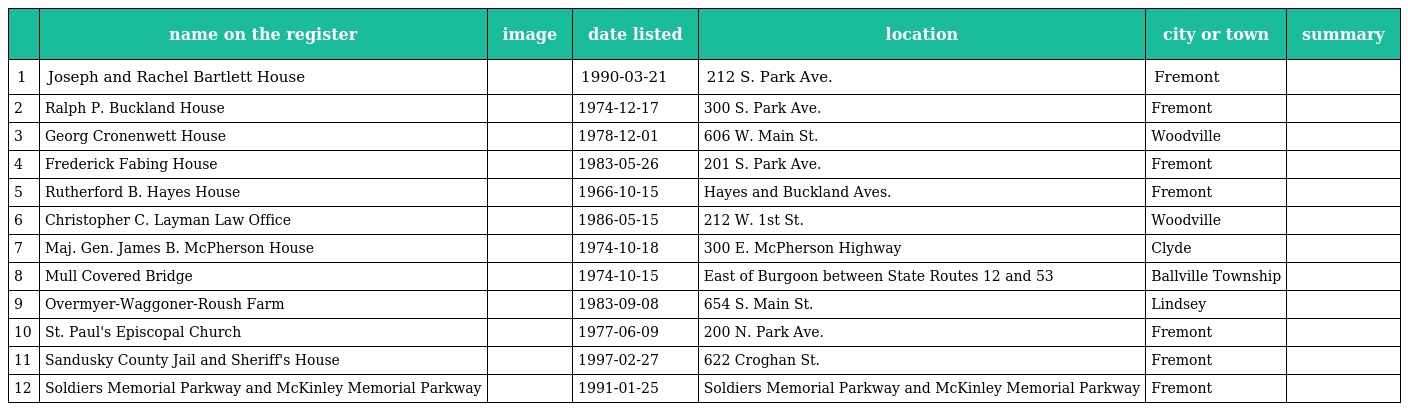
|  | name on the register | image | date listed | location | city or town | summary |
 | --- | --- | --- | --- | --- | --- | --- |
 | 1 | Joseph and Rachel Bartlett House |  | 1990-03-21 | 212 S. Park Ave. | Fremont |  |
 | 2 | Ralph P. Buckland House |  | 1974-12-17 | 300 S. Park Ave. | Fremont |  |
 | 3 | Georg Cronenwett House |  | 1978-12-01 | 606 W. Main St. | Woodville |  |
 | 4 | Frederick Fabing House |  | 1983-05-26 | 201 S. Park Ave. | Fremont |  |
 | 5 | Rutherford B. Hayes House |  | 1966-10-15 | Hayes and Buckland Aves. | Fremont |  |
 | 6 | Christopher C. Layman Law Office |  | 1986-05-15 | 212 W. 1st St. | Woodville |  |
 | 7 | Maj. Gen. James B. McPherson House |  | 1974-10-18 | 300 E. McPherson Highway | Clyde |  |
 | 8 | Mull Covered Bridge |  | 1974-10-15 | East of Burgoon between State Routes 12 and 53 | Ballville Township |  |
 | 9 | Overmyer-Waggoner-Roush Farm |  | 1983-09-08 | 654 S. Main St. | Lindsey |  |
 | 10 | St. Paul's Episcopal Church |  | 1977-06-09 | 200 N. Park Ave. | Fremont |  |
 | 11 | Sandusky County Jail and Sheriff's House |  | 1997-02-27 | 622 Croghan St. | Fremont |  |
 | 12 | Soldiers Memorial Parkway and McKinley Memorial Parkway |  | 1991-01-25 | Soldiers Memorial Parkway and McKinley Memorial Parkway | Fremont |  |